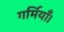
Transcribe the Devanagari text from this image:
गर्मियाँ।